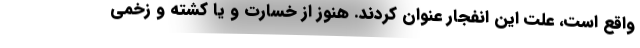
واقع است، علت این انفجار عنوان کردند. هنوز از خسارت و یا کشته و زخمی